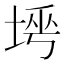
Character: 𡌱